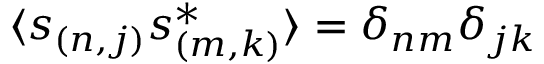
\langle s _ { ( n , j ) } s _ { ( m , k ) } ^ { \ast } \rangle = \delta _ { n m } \delta _ { j k }